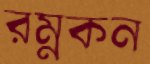
রম্নকন